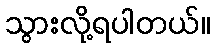
သွားလို့ရပါတယ်။